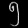
Digit: ၅